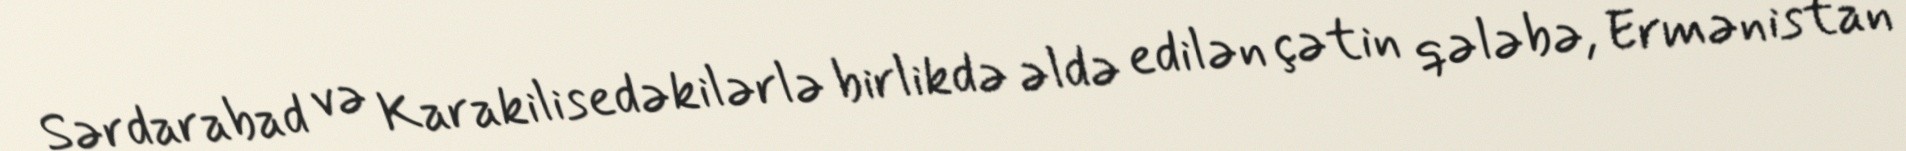
Sərdarabad və Karakilisedəkilərlə birlikdə əldə edilən çətin qələbə, Ermənistan